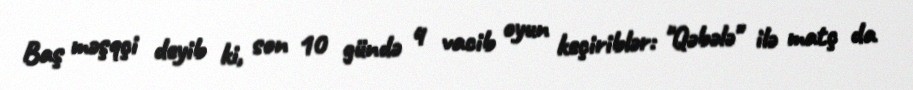
Baş məşqçi deyib ki, son 10 gündə 4 vacib oyun keçiriblər: "Qəbələ" ilə matç da